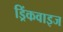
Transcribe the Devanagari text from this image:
ड्रिंकवाइज